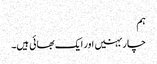
ہم
چار بہنیں اور ایک بھائی ہیں۔